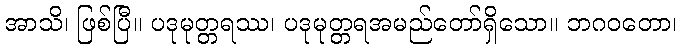
အာသိ၊ ဖြစ်ပြီ။ ပဒုမုတ္တရဿ၊ ပဒုမုတ္တရအမည်တော်ရှိသော။ ဘဂဝတော၊